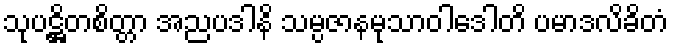
သုပဋ္ဌိတစိတ္တာ အညပဒါနိ သမ္ပဇာနမုသာဝါဒေါတိ ပမာဒလိခိတံ